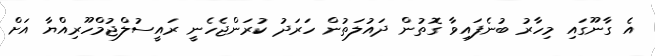
އެ ގާނޫގައި މިހާރު ބުނެފައިވާ ގޮތުން ދައުލަތުން ހަރަދު ކުރަންޖެހެނީ ރައީސުލްޖުމްހޫރިއްޔާ އަށް